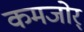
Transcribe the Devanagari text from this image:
कमजोर्